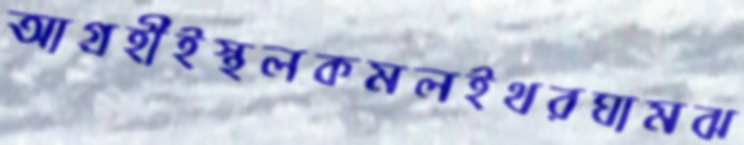
আগ্রহীইস্থলকমলইথরঘামঝ